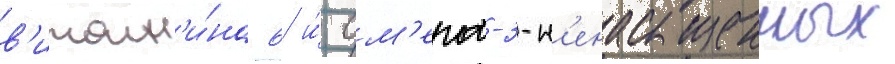
в'итам'и́на 6 и́ ом'ега-3-н'енасыщенных